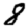
Digit: 8